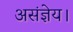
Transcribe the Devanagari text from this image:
असंज्ञेय।